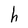
Character: h